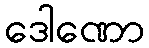
ဒေါဏော